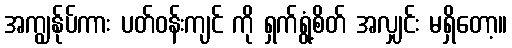
အကျွန်ုပ်ကား ပတ်ဝန်းကျင် ကို ရှက်ရွံ့စိတ် အလျှင်း မရှိတော့။